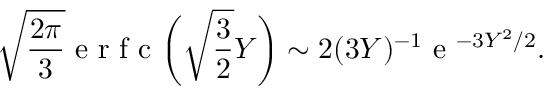
\sqrt { \frac { 2 \pi } { 3 } } \textrm { e r f c } \biggl ( \sqrt { \frac { 3 } { 2 } } Y \biggr ) \sim 2 ( 3 Y ) ^ { - 1 } \textrm { e } ^ { - 3 Y ^ { 2 } / 2 } .